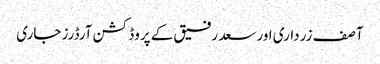
آصف زرداری اور سعد رفیق کے پروڈکشن آرڈرز جاری